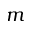
m